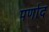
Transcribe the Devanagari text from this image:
पर्णाद